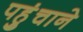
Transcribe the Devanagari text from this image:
पहुुंचाने